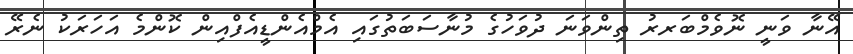
އޭނާ ވަނީ ނޮވެމްބަރރު ތިންވަނަ ދުވަހުގެ މުނާސަބަތުގައި އެމްއެންޑީއެފްއިން ކޮންމެ އަހަރަަކު ނެރޭ